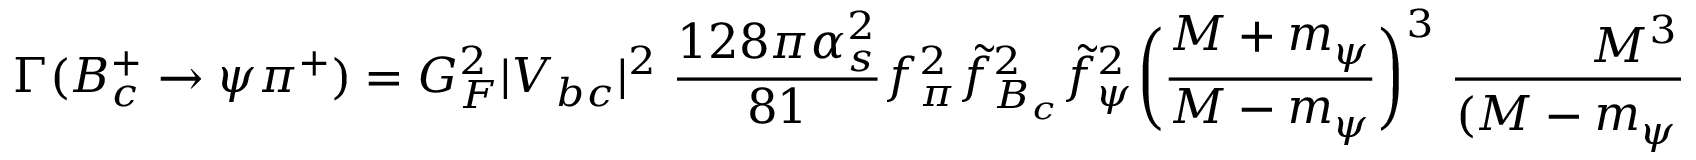
\Gamma ( B _ { c } ^ { + } \to \psi \pi ^ { + } ) = G _ { F } ^ { 2 } | V _ { b c } | ^ { 2 } \; \frac { 1 2 8 \pi \alpha _ { s } ^ { 2 } } { 8 1 } f _ { \pi } ^ { 2 } \tilde { f } _ { B _ { c } } ^ { 2 } \tilde { f } _ { \psi } ^ { 2 } \biggl ( \frac { M + m _ { \psi } } { M - m _ { \psi } } \biggr ) ^ { 3 } \; \frac { M ^ { 3 } } { ( M - m _ { \psi } ) ^ { 2 } m _ { \psi } ^ { 2 } } \; .